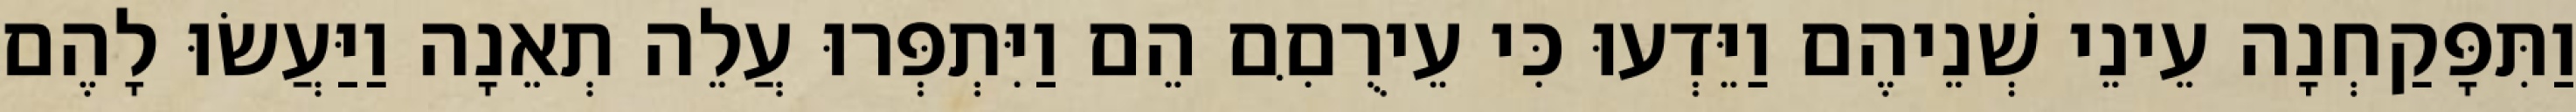
וַתִּפָּקַחְנָה עֵינֵי שְׁנֵיהֶם וַיֵּדְעוּ כִּי עֵירֻםִּם הֵם וַיִּתְפְּרוּ עֲלֵה תְאֵנָה וַיַּעֲשׂוּ לָהֶם